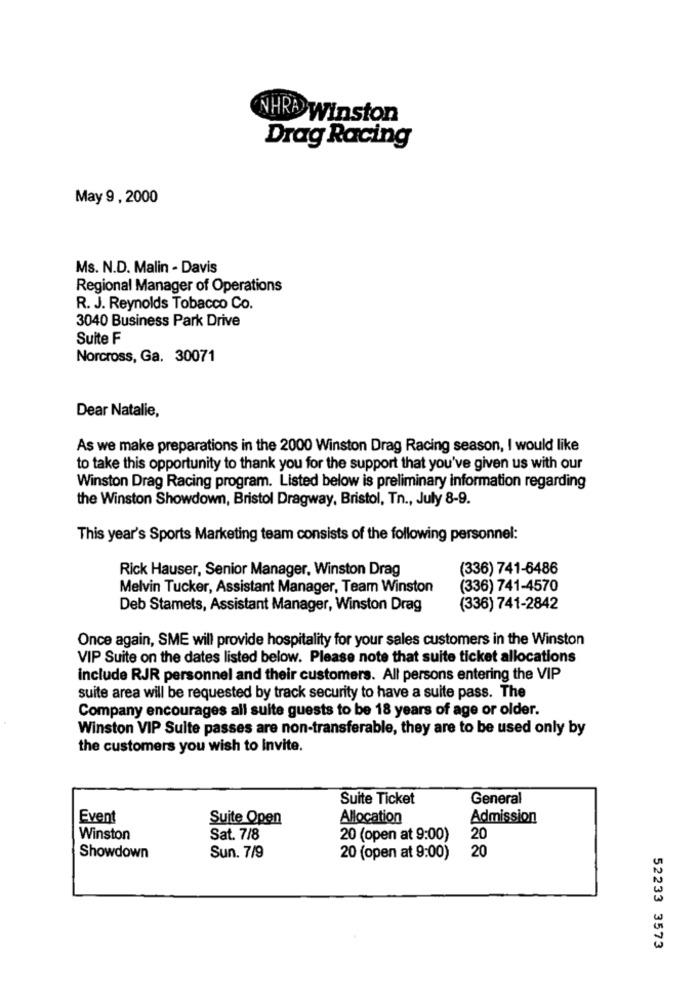
NHRA Winston
Drag Racing
May 9, 2000
Ms. N.D. Malin - Davis
Regional Manager of Operations
R. J. Reynolds Tobacco Co.
3040 Business Park Drive
Suite F
Norcross, Ga. 30071
Dear Natalie,
As we make preparations in the 2000 Winston Drag Racing season, I would like
to take this opportunity to thank you for the support that you've given us with our
Winston Drag Racing program. Listed below is preliminary information regarding
the Winston Showdown, Bristol Dragway, Bristol, Tn ., July 8-9.
This year's Sports Marketing team consists of the following personnel:
Rick Hauser, Senior Manager, Winston Drag
(336) 741-6486
Melvin Tucker, Assistant Manager, Team Winston
(336) 741-4570
Deb Stamets, Assistant Manager, Winston Drag
(336) 741-2842
Once again, SME will provide hospitality for your sales customers in the Winston
VIP Suite on the dates listed below. Please note that suite ticket allocations
include RJR personnel and their customers. All persons entering the VIP
suite area will be requested by track security to have a suite pass. The
Company encourages all suite guests to be 18 years of age or older.
Winston VIP Suite passes are non-transferable, they are to be used only by
the customers you wish to Invite.
Suite Ticket
General
Event
Suite Open
Allocation
Admission
Winston
Sat. 7/8
20 (open at 9:00)
20
Sun. 7/9
20
Showdown
20 (open at 9:00)
52233 3573